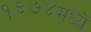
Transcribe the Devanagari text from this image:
१६७४मध्ये